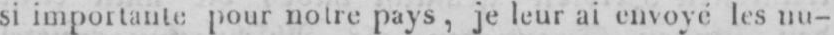
si importante pour notre pays, je leur ai envoyé les nu-